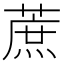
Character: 蔗